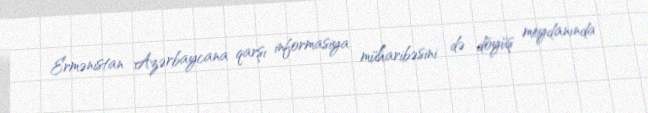
Ermənistan Azərbaycana qarşı informasiya müharibəsini də döyüş meydanında